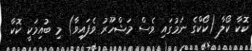
ކޮކާ ކޯލާ (ކޯކްގެ ނަމުގައި ވެސް މަޝްހޫރު ވެފައިވާ) މި ބުއިމަކީ ކޮކާ